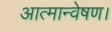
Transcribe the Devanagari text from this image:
आत्मान्वेषण।